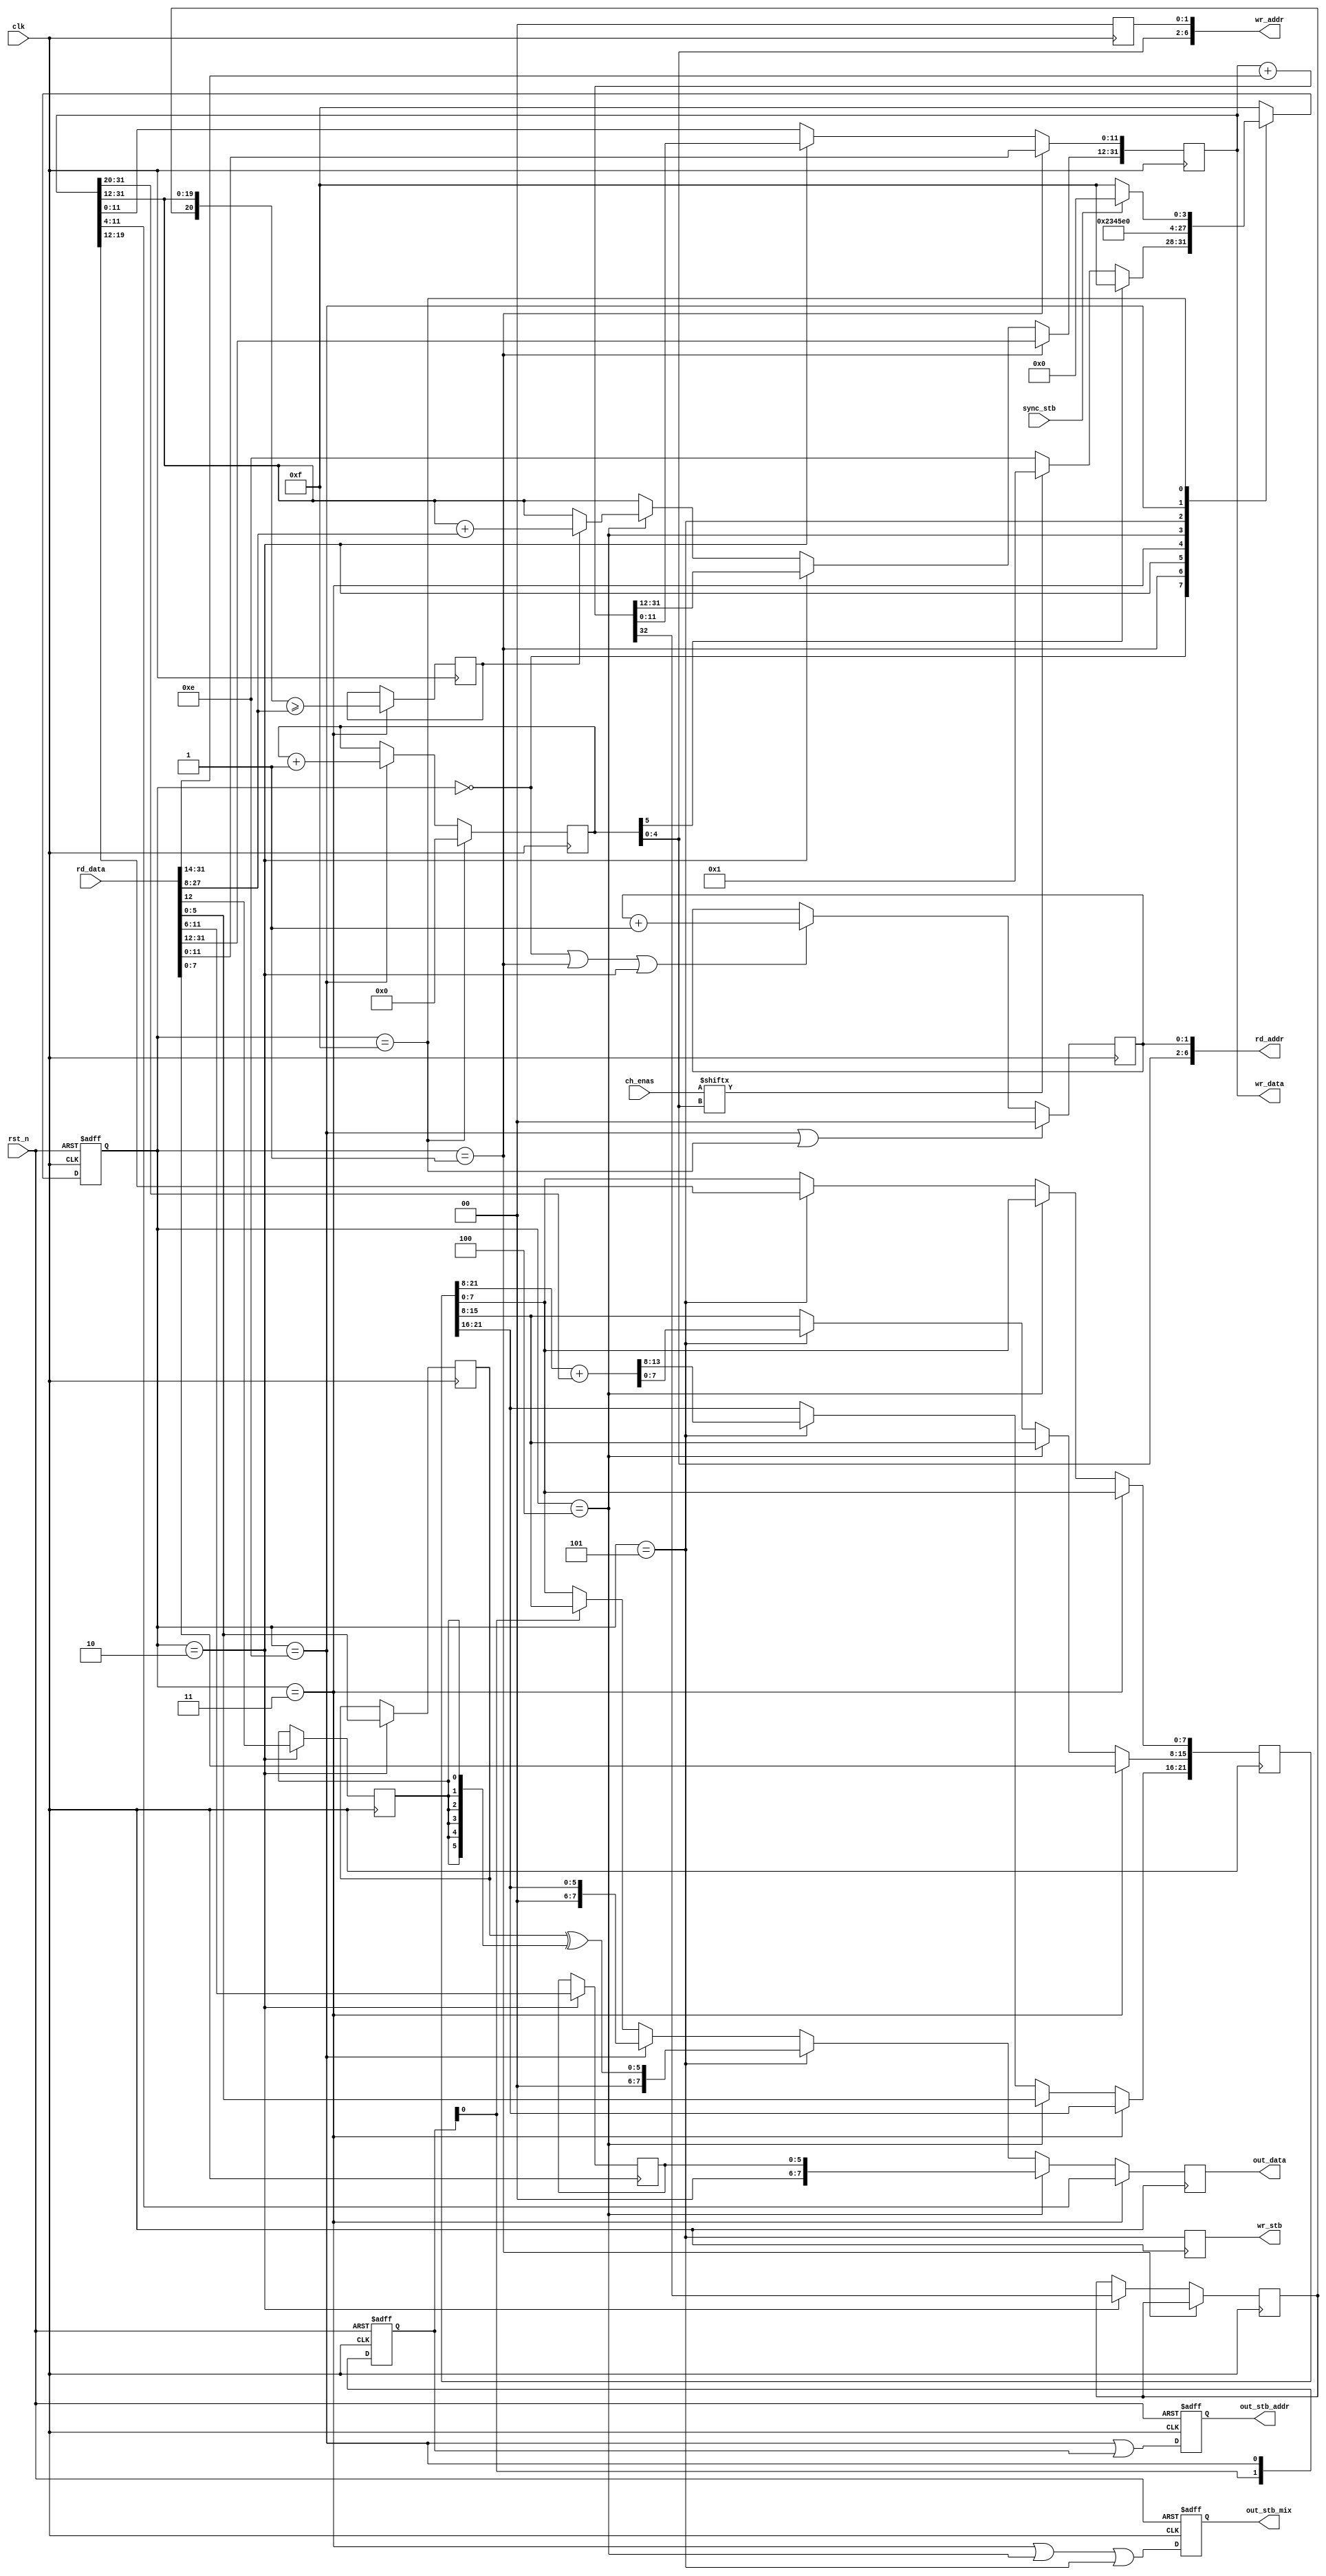
module chan_ctrl
(
	input  wire clk, 
	input  wire rst_n,
	output reg  [ 6:0] rd_addr,
	input  wire [31:0] rd_data,
	output reg  [ 6:0] wr_addr,
	output wire [31:0] wr_data,
	output reg         wr_stb,
	input  wire        sync_stb,
	input  wire [31:0] ch_enas,
	output reg  [ 7:0] out_data, 
	output reg         out_stb_addr, 
	output reg         out_stb_mix   
);
	reg [ 5:0] curr_ch; 
	wire       stop = curr_ch[5];
	reg [3:0] st;
	reg [3:0] next_st;
	wire ch_ena = ch_enas[curr_ch[4:0]];
	reg [31:0] offset;
	reg        off_cy; 
	reg oversize;
	reg [5:0] vol_left;
	reg [5:0] vol_right;
	reg loopena;
	reg surround;
	reg [21:0] base;
	reg [1:0] addr_emit;
	localparam ST_BEGIN     = 4'd0;
	localparam ST_GETOFFS   = 4'd1; 
	localparam ST_GETADDVOL = 4'd2; 
	localparam ST_GETSIZE   = 4'd3; 
	localparam ST_GETLOOP   = 4'd4; 
	localparam ST_SAVEOFFS  = 4'd5;
	localparam ST_NEXT = 4'd14;
	localparam ST_WAIT = 4'd15;
	always @(posedge clk)
	     if( st==ST_WAIT )
		curr_ch[5:0] <= 6'd0;
	else if( st==ST_NEXT )
		curr_ch[5:0] <= curr_ch[5:0] + 6'd1;
	always @(posedge clk, negedge rst_n)
	if( !rst_n )
		st <= ST_WAIT;
	else
		st <= next_st;
	always @*
	case( st )
	ST_BEGIN:
	if( stop )
		next_st = ST_WAIT;
	else if( !ch_ena )
		next_st = ST_NEXT;
	else
		next_st = ST_GETOFFS;
	ST_GETOFFS:
		next_st = ST_GETADDVOL;
	ST_GETADDVOL:
		next_st = ST_GETSIZE;
	ST_GETSIZE:
		next_st = ST_GETLOOP;
	ST_GETLOOP:
		next_st = ST_SAVEOFFS;
	ST_SAVEOFFS:
		next_st = ST_NEXT;
	ST_NEXT:
		next_st = ST_BEGIN;
	ST_WAIT:
	if( sync_stb )
		next_st = ST_BEGIN;
	else
		next_st = ST_WAIT;
	default: next_st = ST_WAIT;
	endcase
	always @*
		rd_addr[6:2] <= curr_ch[4:0];
	always @*
		wr_addr[6:2] <= curr_ch[4:0];
	always @(posedge clk)
		wr_addr[1:0] <= 2'd0;
	always @(posedge clk)
	if( st==ST_NEXT || st==ST_WAIT )
	begin
		rd_addr[1:0] <= 2'd0;
	end
	else if( st==ST_BEGIN || st==ST_GETOFFS || st==ST_GETADDVOL )
	begin
		rd_addr[1:0] <= rd_addr[1:0] + 2'd1;
	end
	always @(posedge clk)
	if( st==ST_GETOFFS )
		offset <= rd_data;
	else if( st==ST_GETADDVOL )
		{off_cy, offset} <= {1'b0, offset} + {1'b0, 14'd0, rd_data[31:14]};
	else if( st==ST_GETLOOP )
		offset[31:12] <= oversize ? (offset[31:12]+rd_data[27:8]) : offset[31:12]; 
	always @(posedge clk)
	if( st==ST_GETSIZE )
		oversize <= ( {off_cy,offset[31:12]} >= {1'b0, rd_data[27:8]} );
	always @(posedge clk)
		wr_stb <= st==ST_SAVEOFFS;
	assign wr_data = offset;
	always @(posedge clk)
	if( st==ST_GETADDVOL )
	begin
		vol_left  <= rd_data[11:6];
		vol_right <= rd_data[ 5:0];
		loopena  <= rd_data[13];
		surround <= rd_data[12];
	end
	always @(posedge clk)
	if( st==ST_GETSIZE )
		base[15:8] <= rd_data[7:0];
	else if( st==ST_GETLOOP )
		base[21:16] <= rd_data[5:0];
	else if( st==ST_SAVEOFFS )
	begin
		base[7:0] <= offset[19:12];
		base[21:8] <= base[21:8] + {2'd0,offset[31:20]};
	end
	always @(posedge clk, negedge rst_n)
	if( !rst_n )
		addr_emit <= 2'd0;
	else
		addr_emit[1:0] <= {addr_emit[0], st==ST_NEXT};
	always @(posedge clk)
	     if( st==ST_GETSIZE )
		out_data <= offset[11:4];
	else if( st==ST_GETLOOP )
		out_data <= {2'd0, vol_left[5:0]};
	else if( st==ST_SAVEOFFS )
		out_data <= {2'd0, vol_right[5:0] ^ {6{surround}}};
	else if( st==ST_NEXT )
		out_data <= {2'd0, base[21:16]};
	else if( addr_emit[0] )
		out_data <= base[15:8];
	else
		out_data <= base[7:0];
	always @(posedge clk, negedge rst_n)
	if( !rst_n )
		out_stb_mix <= 1'b0;
	else
		out_stb_mix <= (st==ST_GETSIZE)  ||
		               (st==ST_GETLOOP)  ||
		               (st==ST_SAVEOFFS) ;
	always @(posedge clk, negedge rst_n)
	if( !rst_n )
		out_stb_addr <= 1'b0;
	else
		out_stb_addr <= (st==ST_NEXT) || addr_emit;
endmodule